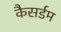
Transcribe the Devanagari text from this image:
कैसर्डम